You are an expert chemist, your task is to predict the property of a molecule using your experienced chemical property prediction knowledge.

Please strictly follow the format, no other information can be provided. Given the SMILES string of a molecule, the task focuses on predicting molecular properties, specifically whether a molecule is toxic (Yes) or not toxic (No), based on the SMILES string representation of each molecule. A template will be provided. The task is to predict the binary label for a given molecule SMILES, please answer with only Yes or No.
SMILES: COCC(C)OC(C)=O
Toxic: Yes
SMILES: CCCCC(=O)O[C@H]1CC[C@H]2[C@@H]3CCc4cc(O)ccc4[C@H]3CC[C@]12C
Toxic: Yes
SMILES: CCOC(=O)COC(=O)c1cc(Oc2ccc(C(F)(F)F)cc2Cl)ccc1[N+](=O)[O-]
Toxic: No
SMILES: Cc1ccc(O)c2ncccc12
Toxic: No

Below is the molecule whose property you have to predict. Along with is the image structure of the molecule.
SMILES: Clc1ccc(Cl)c(Cl)c1Cl
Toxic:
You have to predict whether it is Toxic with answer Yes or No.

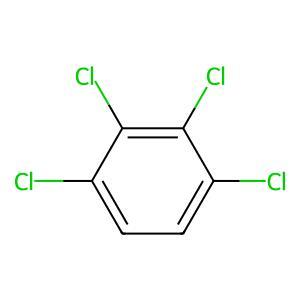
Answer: No